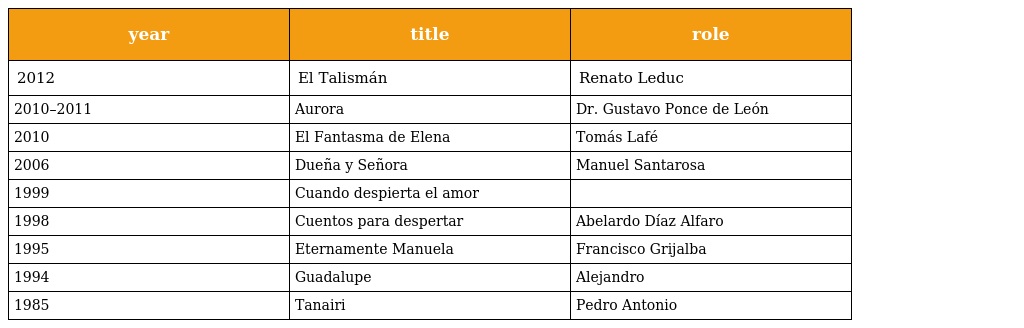
| year | title | role |
 | --- | --- | --- |
 | 2012 | El Talismán | Renato Leduc |
 | 2010–2011 | Aurora | Dr. Gustavo Ponce de León |
 | 2010 | El Fantasma de Elena | Tomás Lafé |
 | 2006 | Dueña y Señora | Manuel Santarosa |
 | 1999 | Cuando despierta el amor |  |
 | 1998 | Cuentos para despertar | Abelardo Díaz Alfaro |
 | 1995 | Eternamente Manuela | Francisco Grijalba |
 | 1994 | Guadalupe | Alejandro |
 | 1985 | Tanairi | Pedro Antonio |